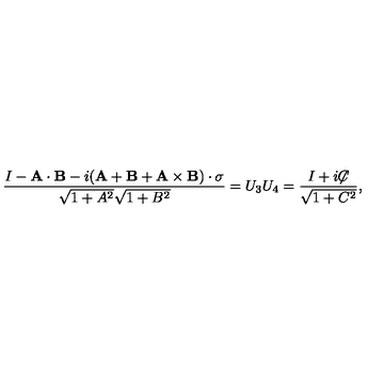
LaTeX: { \frac { I - { \bf A } \cdot { \bf B } - i ( { \bf A } + { \bf B } + { \bf A } \times { \bf B } ) \cdot { \bf \sigma } } { \sqrt { 1 + A ^ { 2 } } \sqrt { 1 + B ^ { 2 } } } } = U _ { 3 } U _ { 4 } = { \frac { I + i { \not \! \! C } } { \sqrt { 1 + C ^ { 2 } } } } ,